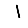
Digit: 1